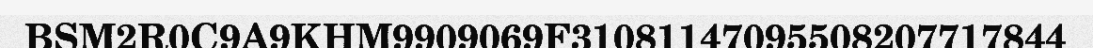
BSM2R0C9A9KHM9909069F31081147095508207717844